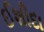
ઈશીદા